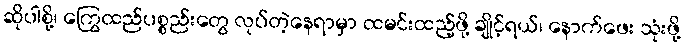
ဆိုပါစို့၊ ကြွေထည်ပစ္စည်းတွေ လုပ်တဲ့နေရာမှာ ထမင်းထည့်ဖို့ ချိုင့်ရယ်၊ နောက်ဖေး သုံးဖို့